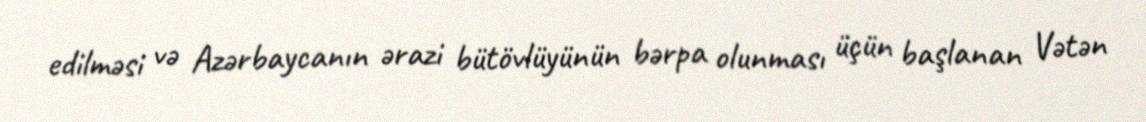
edilməsi və Azərbaycanın ərazi bütövlüyünün bərpa olunması üçün başlanan Vətən